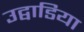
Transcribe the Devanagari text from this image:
उद्वाडिया